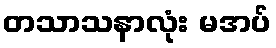
တသာသနာလုံး မအပ်